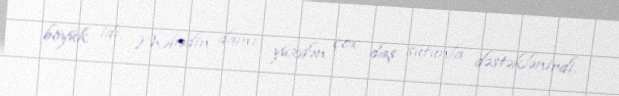
böyük idi. Məbədin damı yüzdən çox daş sütunla dəstəklənirdi.